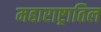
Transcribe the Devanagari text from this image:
महाराष्ट्रातिल